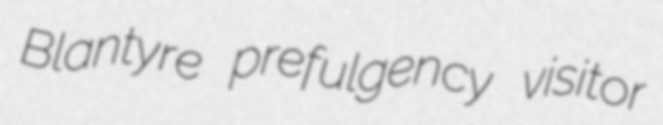
Blantyre prefulgency visitor